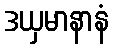
ဒယှမာနာနံ